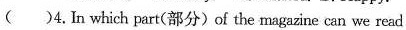
( )4.In which part(部分)of the magazine can we read